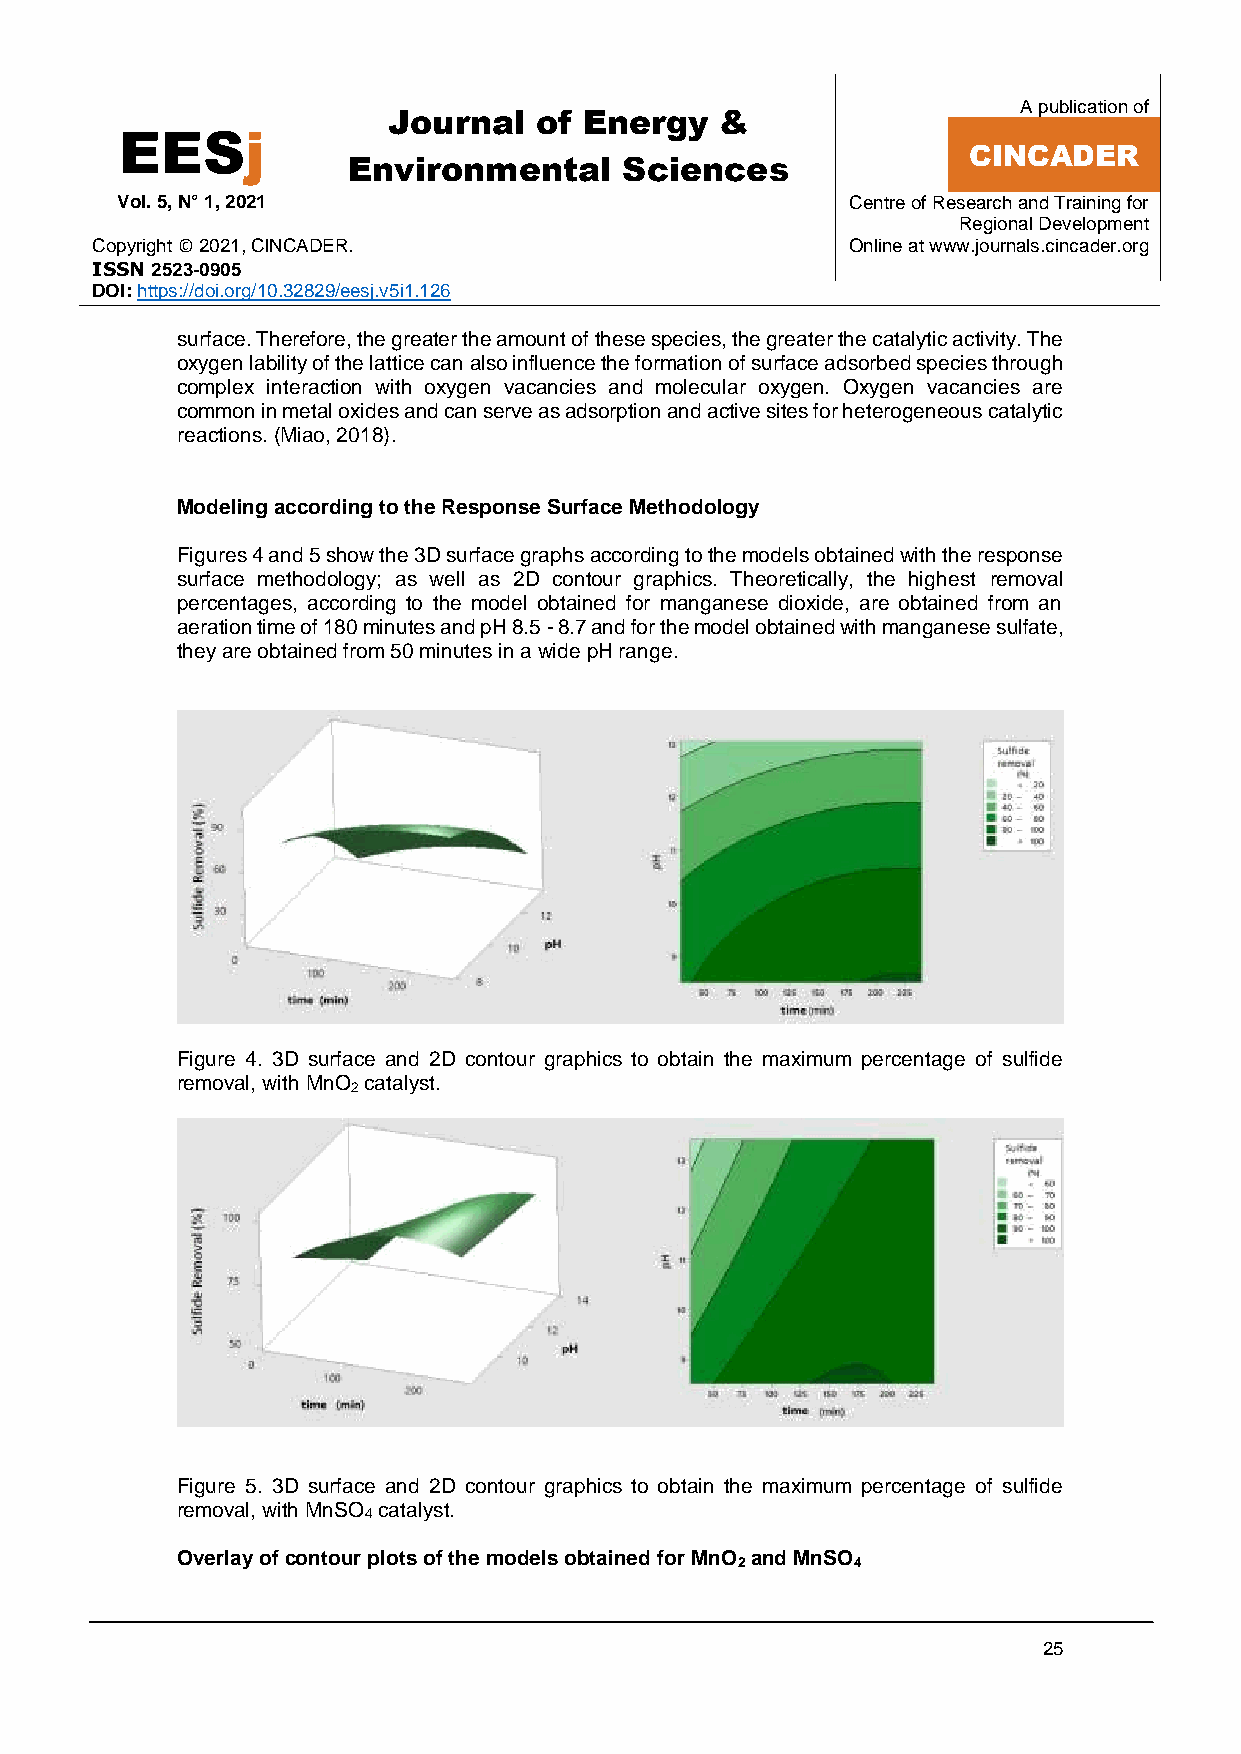
A publication of
 Journal  of  Energy   &
 EESj
 Environmental     Sciences
 CINCADER
 Vol. 5, N° 1, 2021                              Centre of Research and Training for
 Regional Development
 Copyright © 2021, CINCADER.                       Online at www.journals.cincader.org
 ISSN 2523-0905
 DOI: https://doi.org/10.32829/eesj.v5i1.126
 surface. Therefore, the greater the amount of these species, the greater the catalytic activity. The
 oxygen lability of the lattice can also influence the formation of surface adsorbed species through
 complex interaction with oxygen vacancies and molecular oxygen. Oxygen vacancies are
 common in metal oxides and can serve as adsorption and active sites for heterogeneous catalytic
 reactions. (Miao, 2018).
 Modeling according to the Response Surface Methodology
 Figures 4 and 5 show the 3D surface graphs according to the models obtained with the response
 surface methodology; as well as 2D contour graphics. Theoretically, the highest removal
 percentages, according to the model obtained for manganese dioxide, are obtained from an
 aeration time of 180 minutes and pH 8.5 - 8.7 and for the model obtained with manganese sulfate,
 they are obtained from 50 minutes in a wide pH range.
 Figure 4. 3D surface and 2D contour graphics to obtain the maximum percentage of sulfide
 removal, with MnO catalyst.
 2
 Figure 5. 3D surface and 2D contour graphics to obtain the maximum percentage of sulfide
 removal, with MnSO catalyst.
 4
 Overlay of contour plots of the models obtained for MnO and MnSO
 2      4
 25